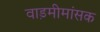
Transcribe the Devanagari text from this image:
वाड़मीमांसक